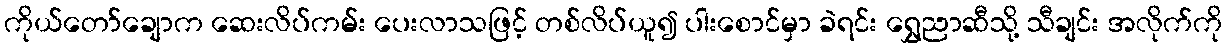
ကိုယ်တော်ချောက ဆေးလိပ်ကမ်း ပေးလာသဖြင့် တစ်လိပ်ယူ၍ ပါးစောင်မှာ ခဲရင်း ရွှေညာဆီသို့ သီချင်း အလိုက်ကို